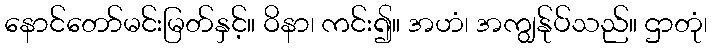
နောင်တော်မင်းမြတ်နှင့်။ ဝိနာ၊ ကင်း၍။ အဟံ၊ အကျွန်ုပ်သည်။ ဌာတုံ၊